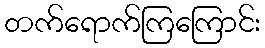
တက်ရောက်ကြကြောင်း